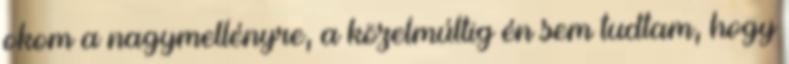
okom a nagymellényre, a közelmúltig én sem tudtam, hogy